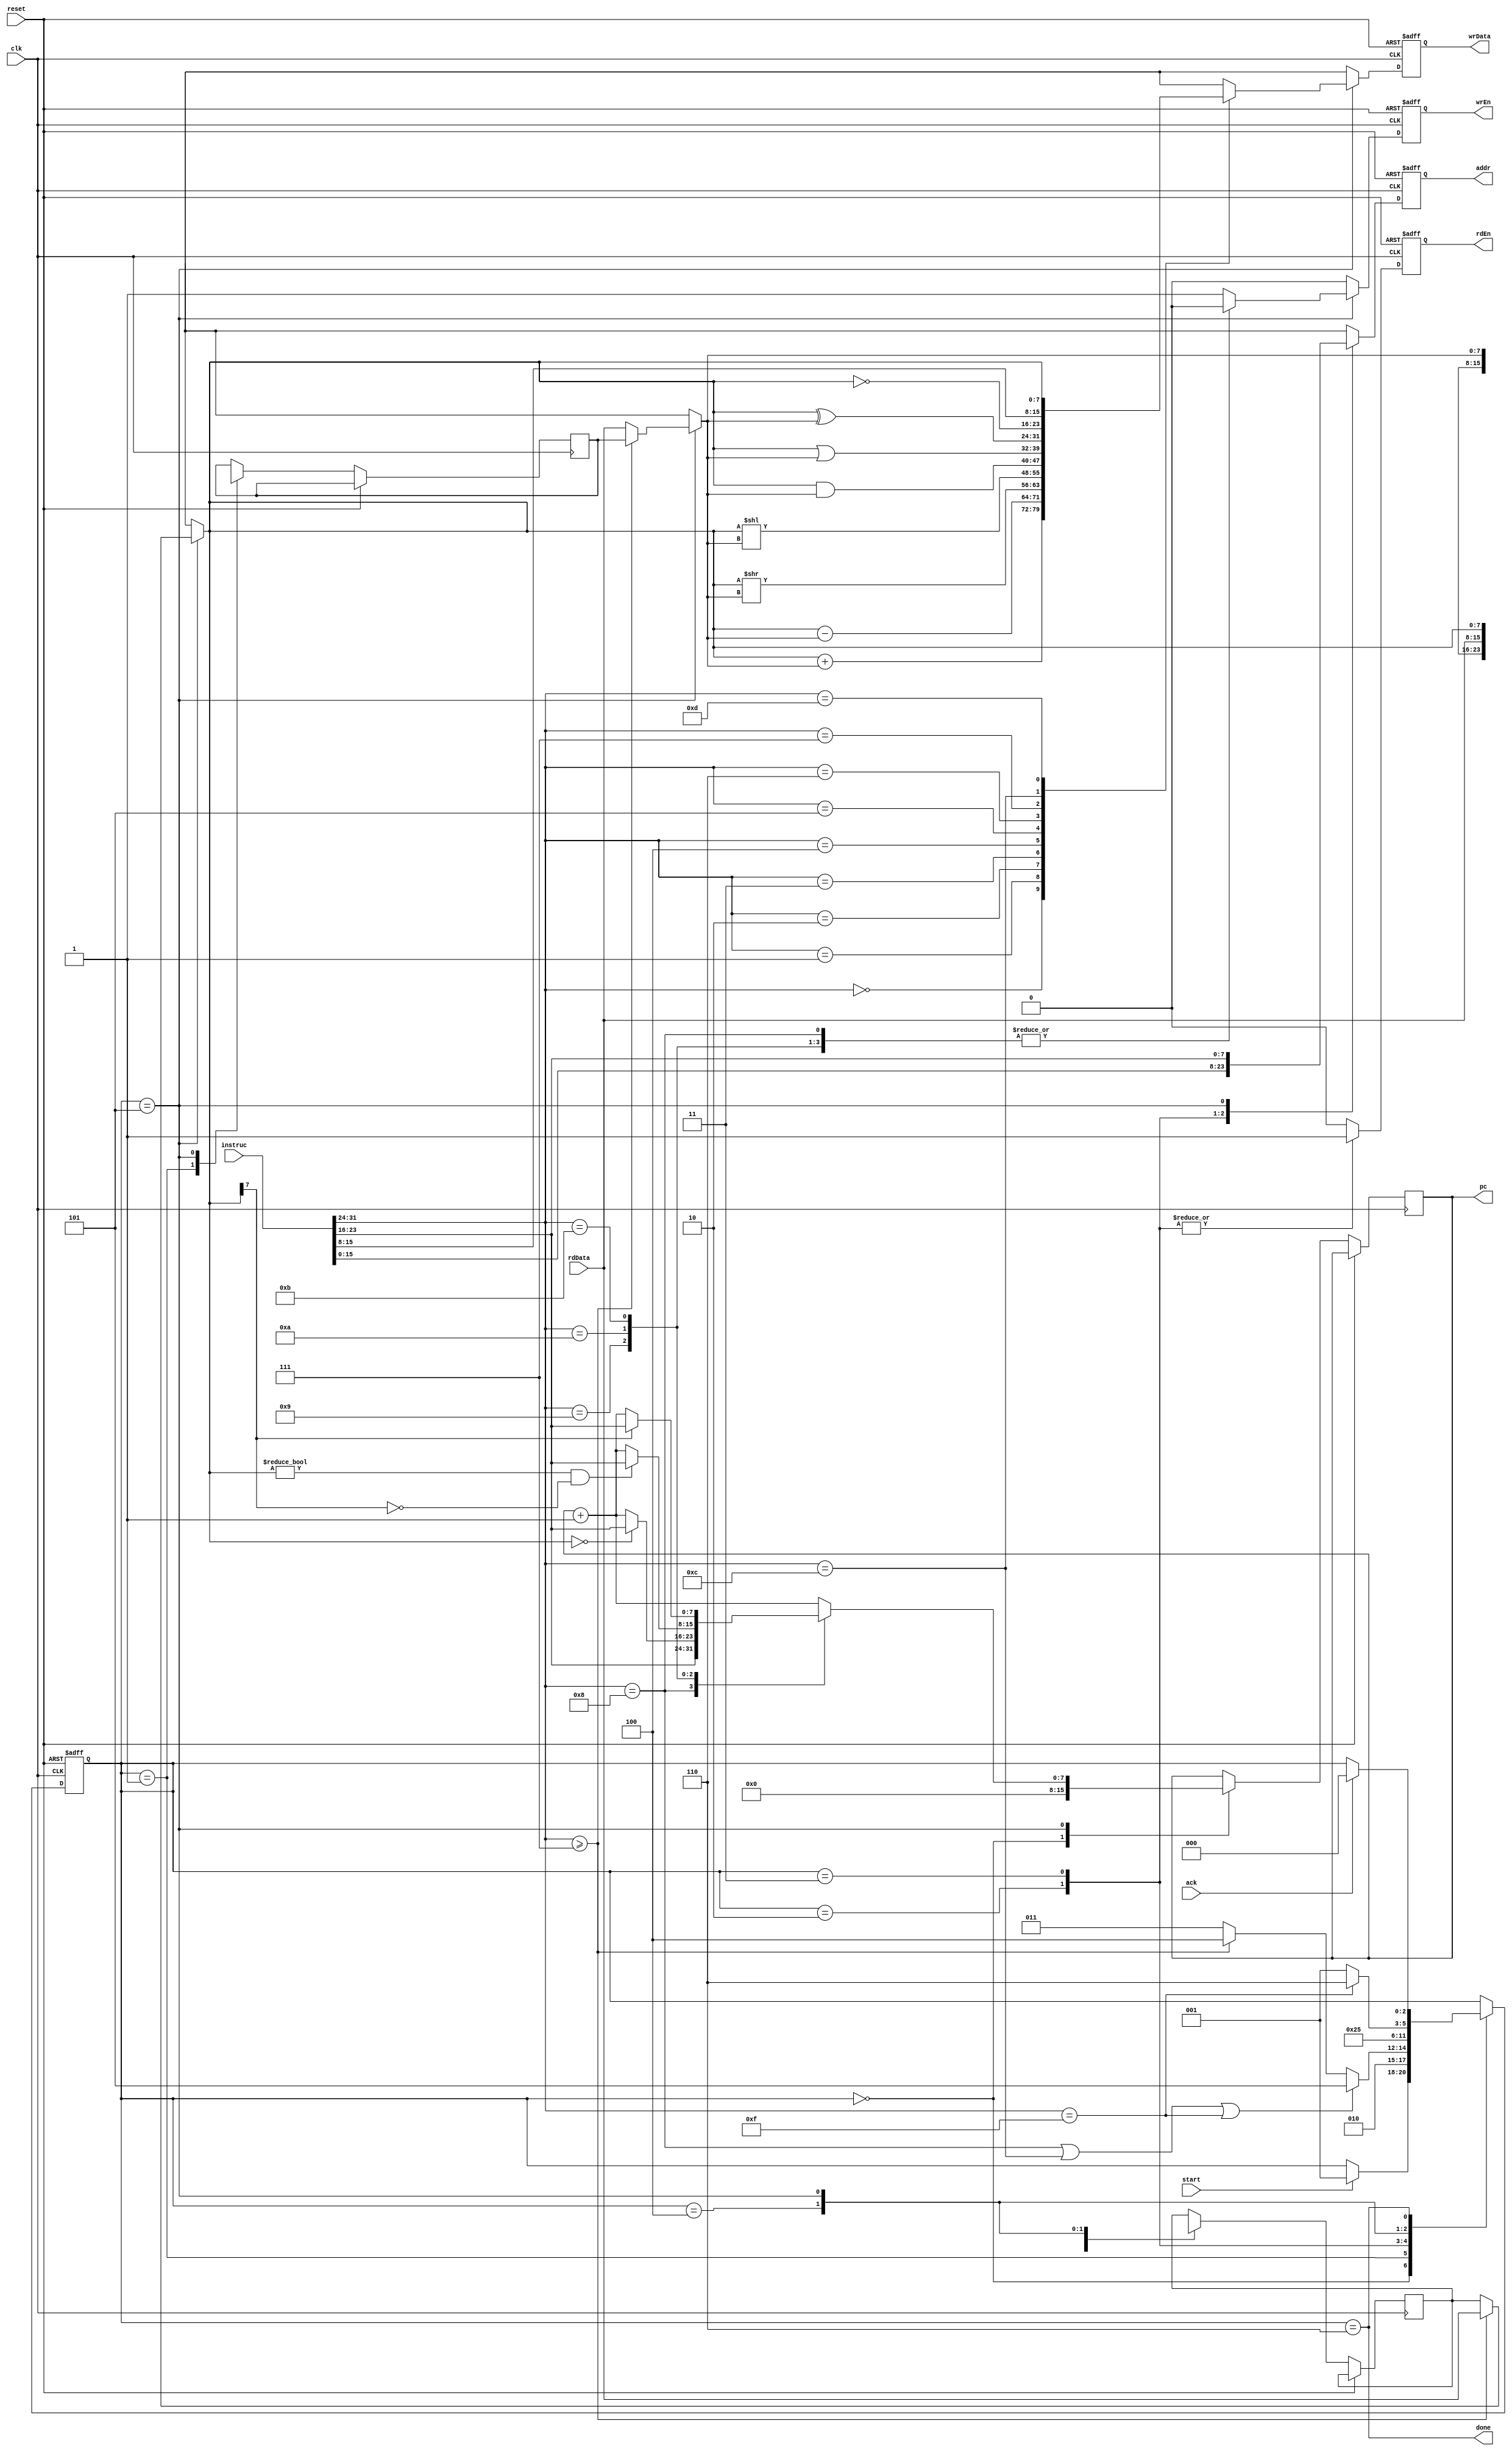
module Operate
  (clk, reset, start, ack, instruc, rdData,
   rdEn, wrEn, addr, wrData, pc, done);
  localparam INSTRUC_SIZE = 32, ARG_SIZE = 8, DATA_SIZE = 8,
             OP_ADD = 8'h0, OP_SUB = 8'h1, OP_RSHIFT = 8'h2, OP_LSHIFT = 8'h3,
             OP_AND = 8'h4, OP_OR = 8'h5, OP_XOR = 8'h6, OP_INV = 8'h7,
             OP_JMP = 8'h8, OP_JEQ0 = 8'h9, OP_JGT0 = 8'hA, OP_JLT0 = 8'hB,
             OP_LDC = 8'hC, OP_COPY = 8'hD, OP_HALT = 8'hF,
             INIT = 3'd0, FETCH = 3'd1, RD_DATA2 = 3'd2, RD_DATA3 = 3'd3, RD_DATA_FINISH = 3'd4, OPERATE = 3'd5, DONE = 3'd6;
  input clk, reset, start, ack;
  input [(INSTRUC_SIZE - 1) : 0] instruc;
  input [(DATA_SIZE - 1) : 0] rdData;
  output reg rdEn; 
  output reg wrEn; 
  output reg [(ARG_SIZE - 1) : 0] addr; 
  output reg [(DATA_SIZE - 1) : 0] wrData; 
  output reg [(ARG_SIZE - 1) : 0] pc; 
  output wire done;
  reg [2:0] state;
  assign done = (state == DONE);
  always @(posedge clk, posedge reset)
  begin
    rdEn <= 1'b0;
    wrEn <= 1'b0;
    addr <= 8'bx;
    wrData <= 8'bx;
    if (reset)
    begin
      state <= INIT;
    end
    else
    begin : OPERATE_BLOCK
      reg [(ARG_SIZE - 1) : 0] opCode, arg1, arg2, arg3;
      reg [(DATA_SIZE - 1) : 0] argData2, argData3; 
      opCode = instruc[31:24];
      arg1 = instruc[23:16];
      arg2 = instruc[15:8];
      arg3 = instruc[7:0];
      case (state)
        INIT:
        begin
          if (start) state <= FETCH;
          pc <= 1'b0;
        end
        FETCH:
        begin
          state <= RD_DATA2;
          argData2 <= 8'bx;
          argData3 <= 8'bx;
        end
        RD_DATA2:
        begin
          if (opCode == OP_JMP || opCode == OP_LDC || opCode == OP_HALT)
            state <= OPERATE;
          else if (opCode >= OP_INV)
            state <= RD_DATA_FINISH;
          else
            state <= RD_DATA3;
          rdEn <= 1'b1;
          addr <= arg2;
        end
        RD_DATA3:
        begin
          state <= RD_DATA_FINISH;
          rdEn <= 1'b1;
          addr <= arg3;
        end
        RD_DATA_FINISH:
        begin
          state <= OPERATE;
          argData2 = rdData;
        end
        OPERATE:
        begin
          state <= FETCH;
          if (opCode >= OP_INV)
            argData2 = rdData;
          else
            argData3 = rdData;
          wrEn <= 1'b1;
          addr <= arg1;
          wrData <= 8'bx;
          pc <= pc + 1'b1;
          case (opCode)
            OP_ADD:
            begin
              wrData <= argData2 + argData3;
            end
            OP_SUB:
            begin
              wrData <= argData2 - argData3;
            end
            OP_RSHIFT:
            begin
              wrData <= argData2 >> argData3;
            end
            OP_LSHIFT:
            begin
              wrData <= argData2 << argData3;
            end
            OP_AND:
            begin
              wrData <= argData2 & argData3;
            end
            OP_OR:
            begin
              wrData <= argData2 | argData3;
            end
            OP_XOR:
            begin
              wrData <= argData2 ^ argData3;
            end
            OP_INV:
            begin
              wrData <= ~argData2;
            end
            OP_JMP:
            begin
              wrEn <= 1'b0;
              pc <= arg1;
            end
            OP_JEQ0:
            begin
              wrEn <= 1'b0;
              if (argData2 == 0) pc <= arg1;
            end
            OP_JGT0:
            begin
              wrEn <= 1'b0;
              if (argData2 != 0 && argData2[DATA_SIZE - 1] == 1'b0) pc <= arg1;
            end
            OP_JLT0:
            begin
              wrEn <= 1'b0;
              if (argData2[DATA_SIZE - 1] == 1'b1) pc <= arg1;
            end
            OP_LDC:
            begin
              wrData <= arg2;
            end
            OP_COPY:
            begin
              wrData <= argData2;
            end
            OP_HALT:
            begin
              state <= DONE;
            end
          endcase
        end
        DONE:
        begin
          if (ack) state <= INIT;
        end
      endcase
    end
  end
endmodule